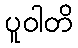
ပူဝါတိ